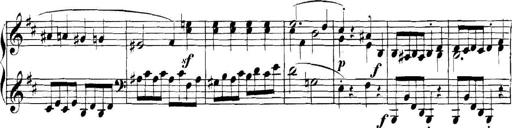
Title: Collected Piano Sonatas
Composer: Muzio Clementi